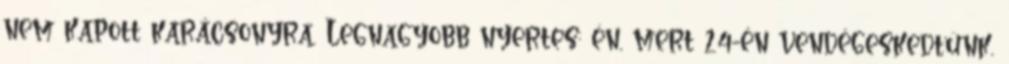
nem kapott karácsonyra. Legnagyobb nyertes: én, mert 24-én vendégeskedtünk,